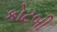
કોટબી